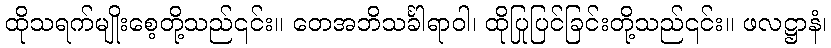
ထိုသရက်မျိုးစေ့တို့သည်၎င်း။ တေအဘိသင်္ခါရာဝါ၊ ထိုပြုပြင်ခြင်းတို့သည်၎င်း။ ဖလဋ္ဌာနံ၊